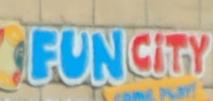
funcity